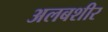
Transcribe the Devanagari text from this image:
अलबशीर